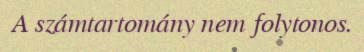
A számtartomány nem folytonos.